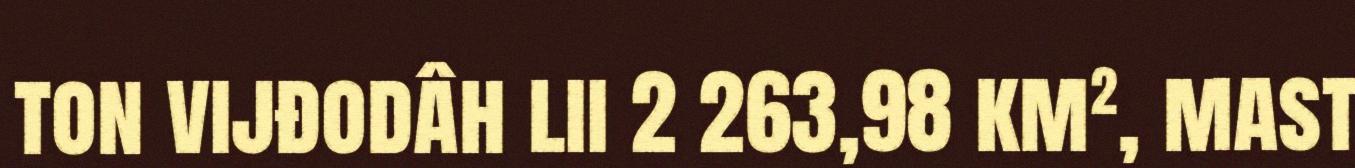
ton vijđodâh lii 2 263,98 km², mast